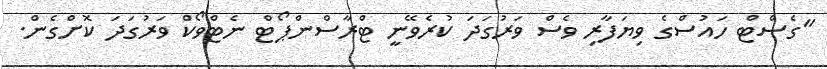
"ގެސްޓް ހައުސްގެ ވިޔަފާރި ވެސް ވަރުގަދަ ކުރެވޭނީ ޓްރާސްންޕޯޓް ނެޓްވޯކް ވަރުގަދަ ކޮށްގެން.